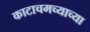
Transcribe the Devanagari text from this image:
काटाचमच्याच्या